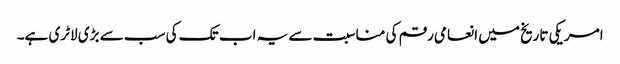
امریکی تاریخ میں انعامی رقم کی مناسبت سے یہ اب تک کی سب سے بڑی لاٹری ہے۔